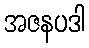
အဇနပဒါ